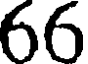
66